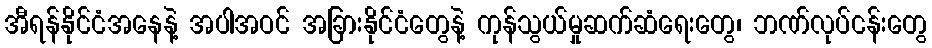
အီရန်နိုင်ငံအနေနဲ့ အပါအဝင် အခြားနိုင်ငံတွေနဲ့ ကုန်သွယ်မှုဆက်ဆံရေးတွေ၊ ဘဏ်လုပ်ငန်းတွေ